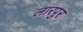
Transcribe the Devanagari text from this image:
लारपुर